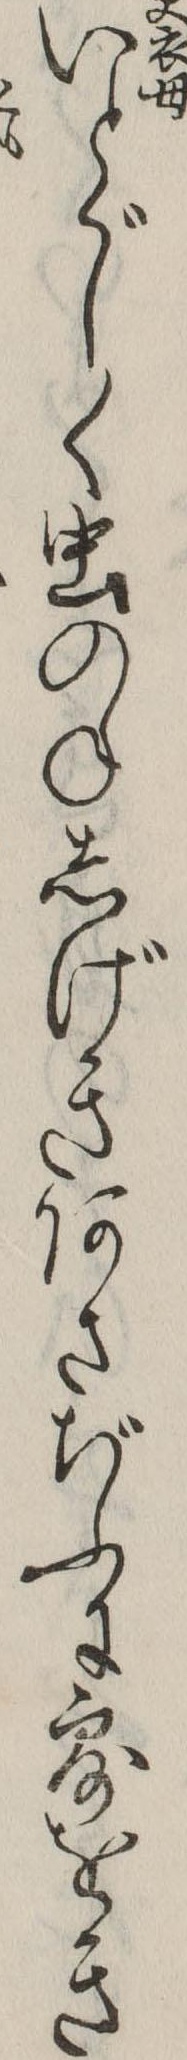
いとゞしく虫のねしげきあさぢふに露をき